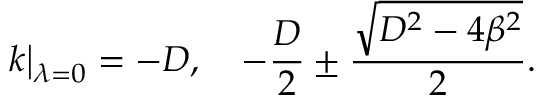
\left. k \right| _ { \lambda = 0 } = - D , \quad - \frac { D } { 2 } \pm \frac { \sqrt { D ^ { 2 } - 4 \beta ^ { 2 } } } { 2 } .